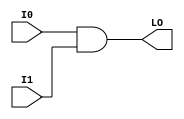
// $Header: /devl/xcs/repo/env/Databases/CAEInterfaces/verunilibs/s/MULT_AND.v,v 1.8.22.1 2003/11/18 20:41:37 wloo Exp $

/*

FUNCTION	: 2-INPUT AND

*/

`timescale  100 ps / 10 ps


module MULT_AND (LO, I0, I1);

    output LO;

    input  I0, I1;

    and A1 (LO, I0, I1);

    specify
	(I0 *> LO) = (0, 0);
	(I1 *> LO) = (0, 0);
    endspecify

endmodule